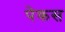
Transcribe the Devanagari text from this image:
पेकस